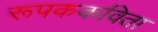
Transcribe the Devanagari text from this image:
रूपककविता